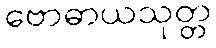
ဗောဓာယသုတ္တ